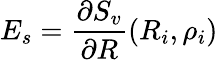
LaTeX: E_{s}=\frac{\partial S_{v}}{\partial R}(R_{i},\rho_{i})